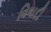
વિષાદી